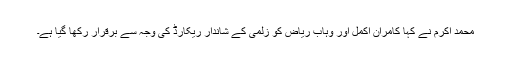
محمد اکرم نے کہا کامران اکمل اور وہاب ریاض کو زلمی کے شاندار ریکارڈ کی وجہ سے برقرار رکھا گیا ہے۔